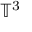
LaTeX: \mathbb { T } ^ { 3 }